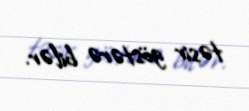
təsir göstərə bilər.